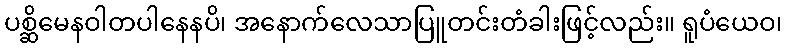
ပစ္ဆိမေနဝါတပါနေနပိ၊ အနောက်လေသာပြူတင်းတံခါးဖြင့်လည်း။ ရူပံယေဝ၊